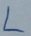
Text: L